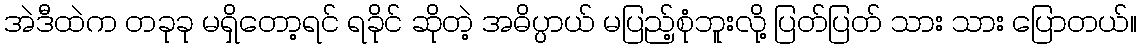
အဲဒီထဲက တခုခု မရှိတော့ရင် ရခိုင် ဆိုတဲ့ အဓိပ္ပာယ် မပြည့်စုံဘူးလို့ ပြတ်ပြတ် သား သား ပြောတယ်။